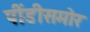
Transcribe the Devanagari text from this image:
पींडीसमोर